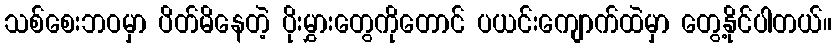
သစ်စေးဘဝမှာ ပိတ်မိနေတဲ့ ပိုးမွှားတွေကိုတောင် ပယင်းကျောက်ထဲမှာ တွေ့နိုင်ပါတယ်။